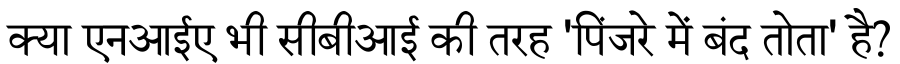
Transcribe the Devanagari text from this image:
क्या एनआईए भी सीबीआई की तरह 'पिंजरे में बंद तोता' है?